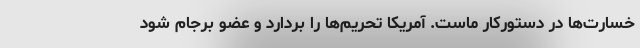
خسارت‌ها در دستورکار ماست. آمریکا تحریم‌ها را بردارد و عضو برجام شود